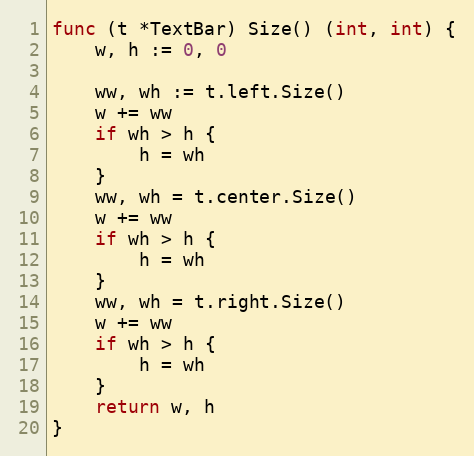
Language: Go
func (t *TextBar) Size() (int, int) {
	w, h := 0, 0

	ww, wh := t.left.Size()
	w += ww
	if wh > h {
		h = wh
	}
	ww, wh = t.center.Size()
	w += ww
	if wh > h {
		h = wh
	}
	ww, wh = t.right.Size()
	w += ww
	if wh > h {
		h = wh
	}
	return w, h
}